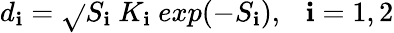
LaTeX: d_{\mathbf{i}}=\sqrt{}{{S_{\mathbf{i}}}}\ K_{\mathbf{i}}\ exp(-S_{\mathbf{i}}),\ \ \ \mathbf{i}=1,2